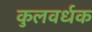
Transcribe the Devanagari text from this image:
कुलवर्धक